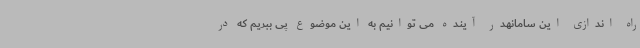
راه اندازی این سامانهدر آینده می توانیم به این موضوع پی ببریم که در